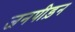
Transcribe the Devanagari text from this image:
जनपीड़न